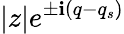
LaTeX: |z|e^{\pm\textbf{i}(q-q_{s})}